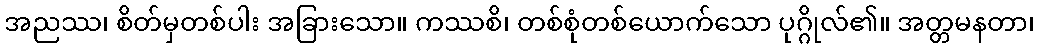
အညဿ၊ စိတ်မှတစ်ပါး အခြားသော။ ကဿစိ၊ တစ်စုံတစ်ယောက်သော ပုဂ္ဂိုလ်၏။ အတ္တမနတာ၊